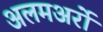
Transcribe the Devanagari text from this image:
अलमअर्रो